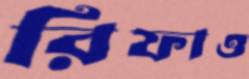
রিফাও